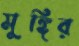
মুঙ্গির